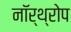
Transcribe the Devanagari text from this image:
नॉर्थ्रोप